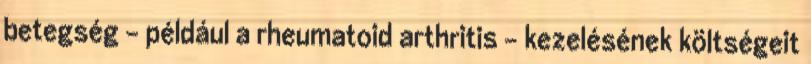
betegség – például a rheumatoid arthritis – kezelésének költségeit